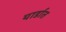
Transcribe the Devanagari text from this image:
यार्डात